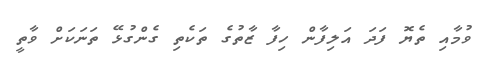
ވުމާއި ތެޔޮ ފަދަ އަލިފާން ހިފާ ޒާތުގެ ތަކެތި ގެންގުޅޭ ތަނަކަށް ވާތީ